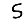
Digit: 5